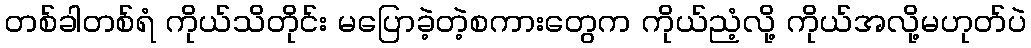
တစ်ခါတစ်ရံ ကိုယ်သိတိုင်း မပြောခဲ့တဲ့စကားတွေက ကိုယ်ညံ့လို့ ကိုယ်အလို့မဟုတ်ပဲ